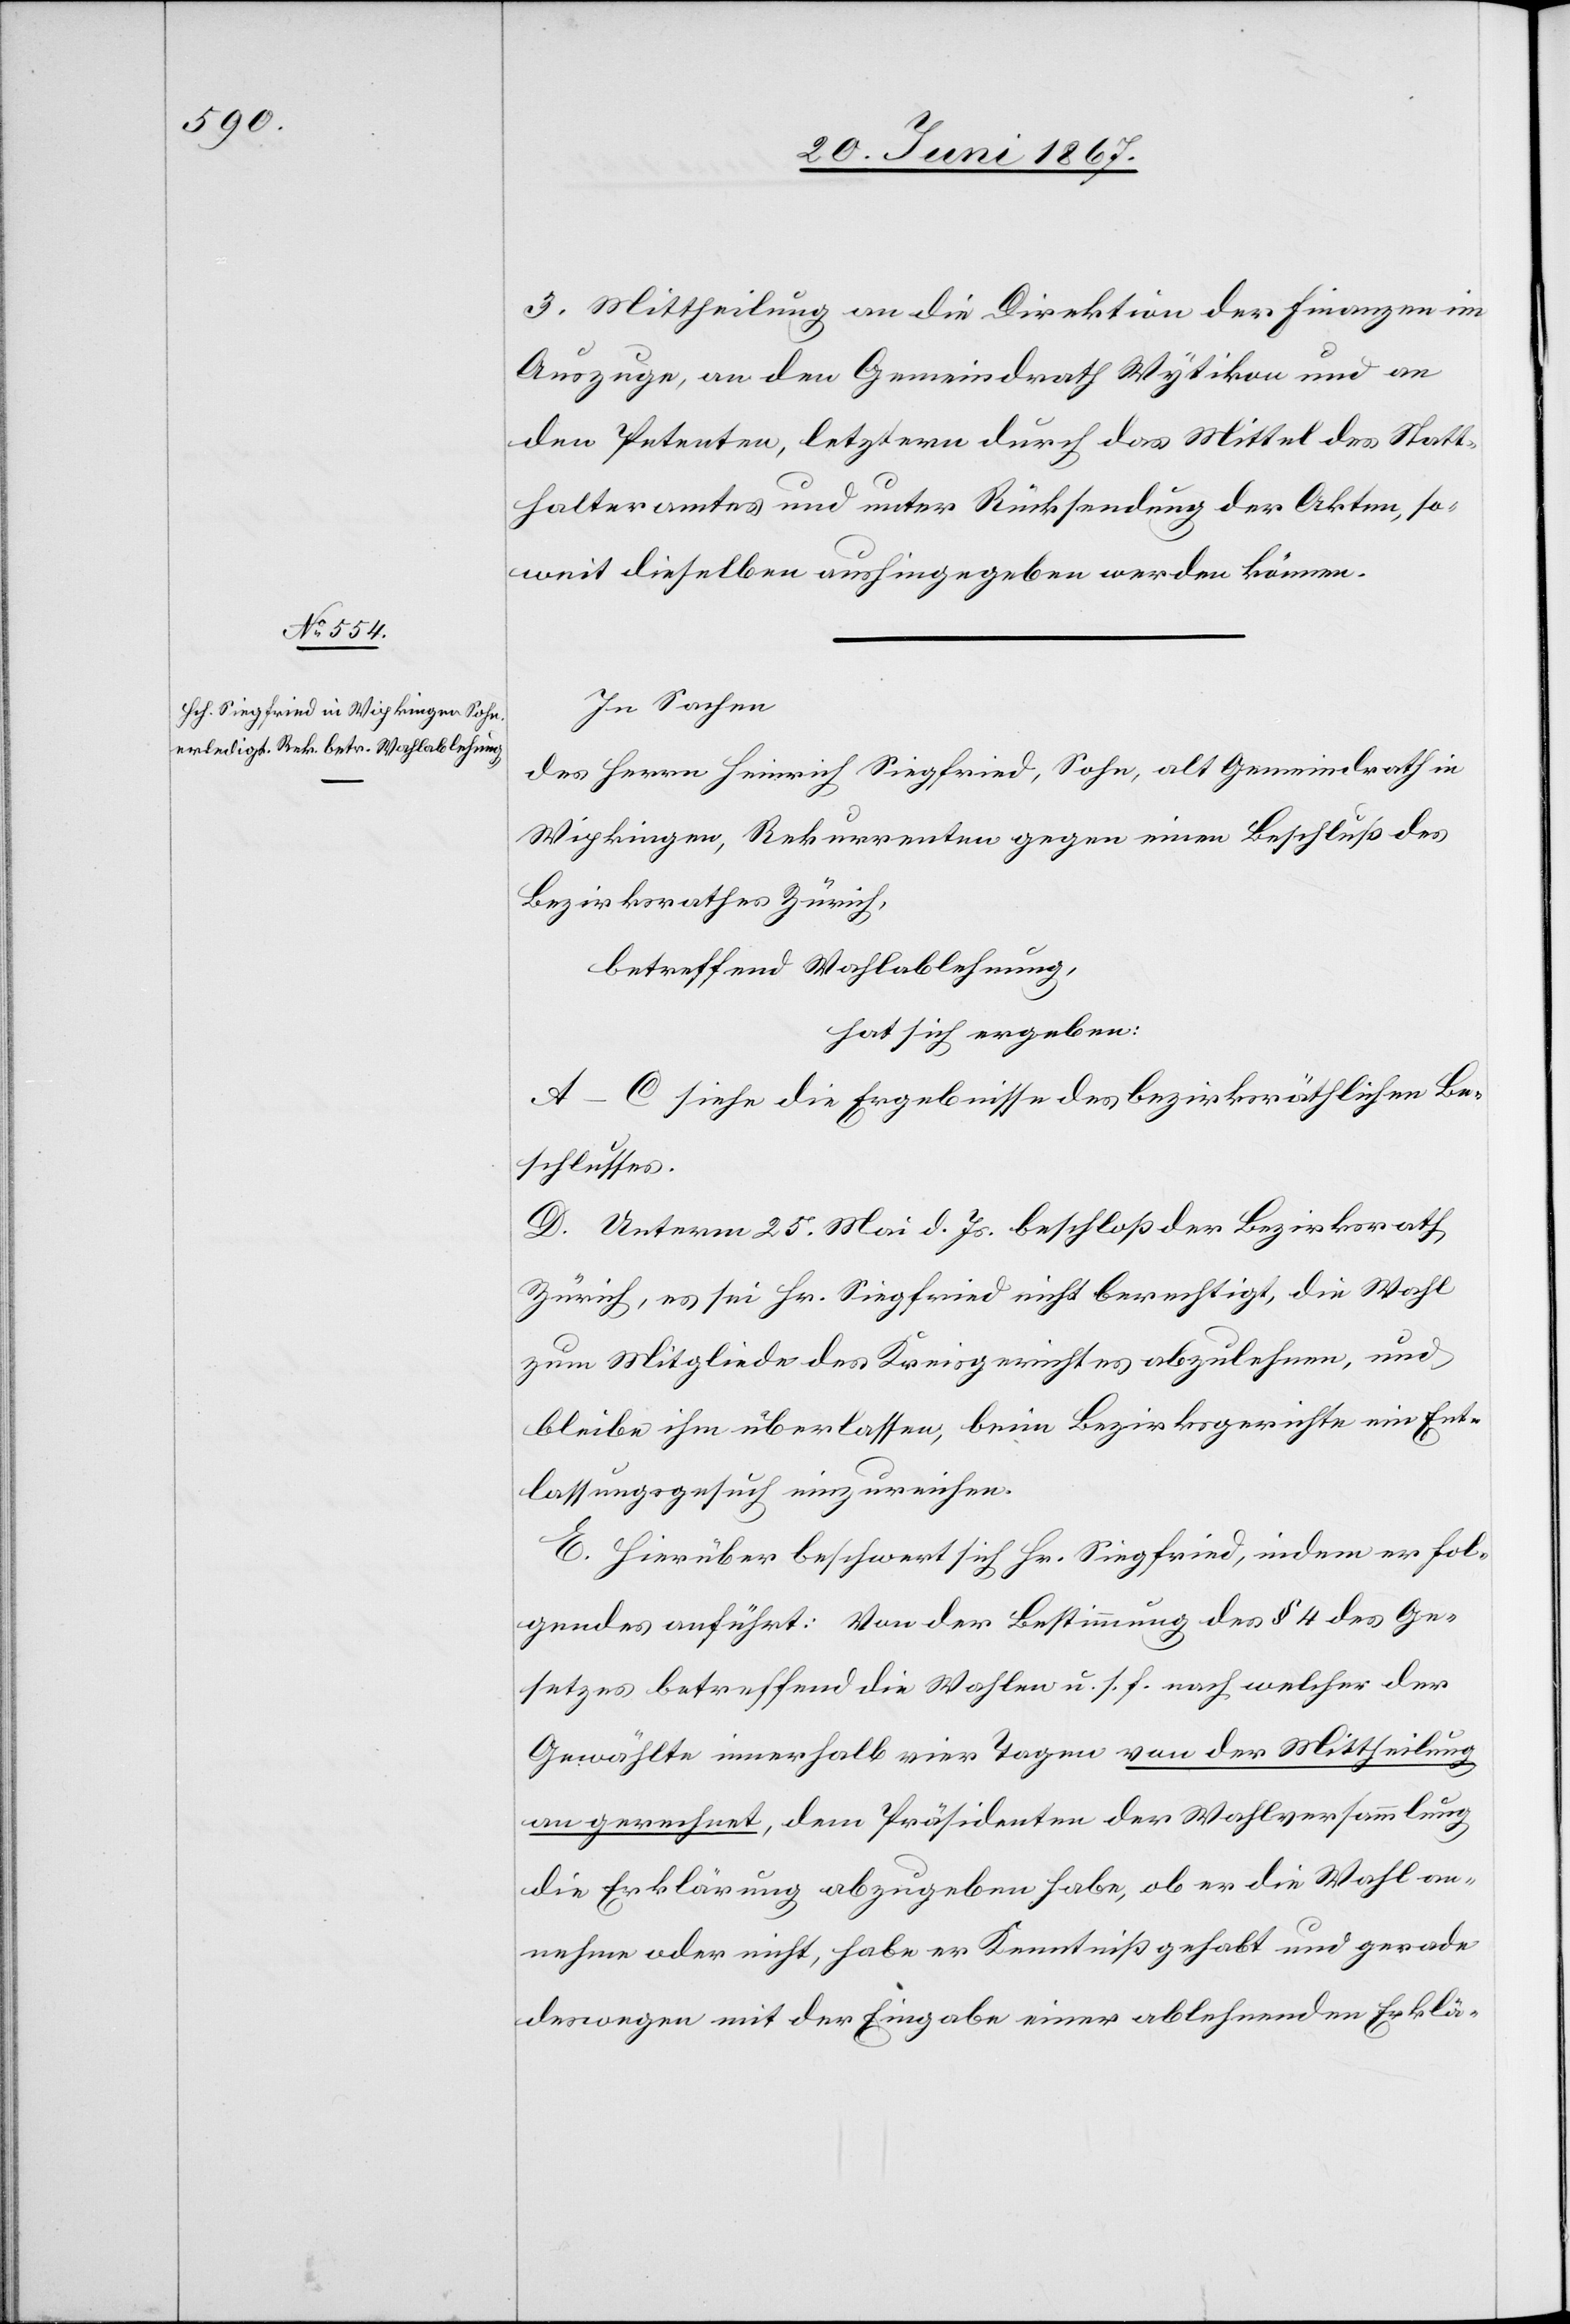
3. Mittheilung an die Direktion der Finanzen im
Auszuge, an den Gemeindrath Wytikon und an
den Petenten, letztern durch das Mittel des Statt¬
halteramtes und unter Rücksendung der Akten, so¬
weit dieselben aushingegeben werden können.
In Sachen
des Herrn Heinrich Siegfried, Sohn, alt Gemeindrath in
Wipkingen, Rekurrenten gegen einen Beschluß des
Bezirksrathes Zürich,
betreffend Wahlablehnung,
hat sich ergeben:
A–C siehe die Ergebnisse des bezirksräthlichen Be¬
schlusses.
D. Unterm 25. Mai d. Js. beschloß der Bezirksrath
Zürich, es sei Hr. Siegfried nicht berechtigt, die Wahl
zu Mitgliede des Kreisgerichtes abzulehnen, und
bleibe ihm überlassen, beim Bezirksgerichte ein Ent¬
lassungsgesuch einzureichen.
E. Hierüber beschwert sich Hr. Siegfried, indem er fol¬
gendes anführt: Von der Bestimmung des § 4 des Ge¬
setzes betreffend die Wahlen u. s. f. nach welcher der
Gewählte innerhalb vier Tagen von der Mittheilung
an gerechnet, dem Präsidium der Wahlversammlung
die Erklärung abzugeben habe, ob er die Wahl an¬
nehme oder nicht, habe er Kenntniß gehabt und gerade
deswegen mit der Eingabe einer ablehnenden Erklä-